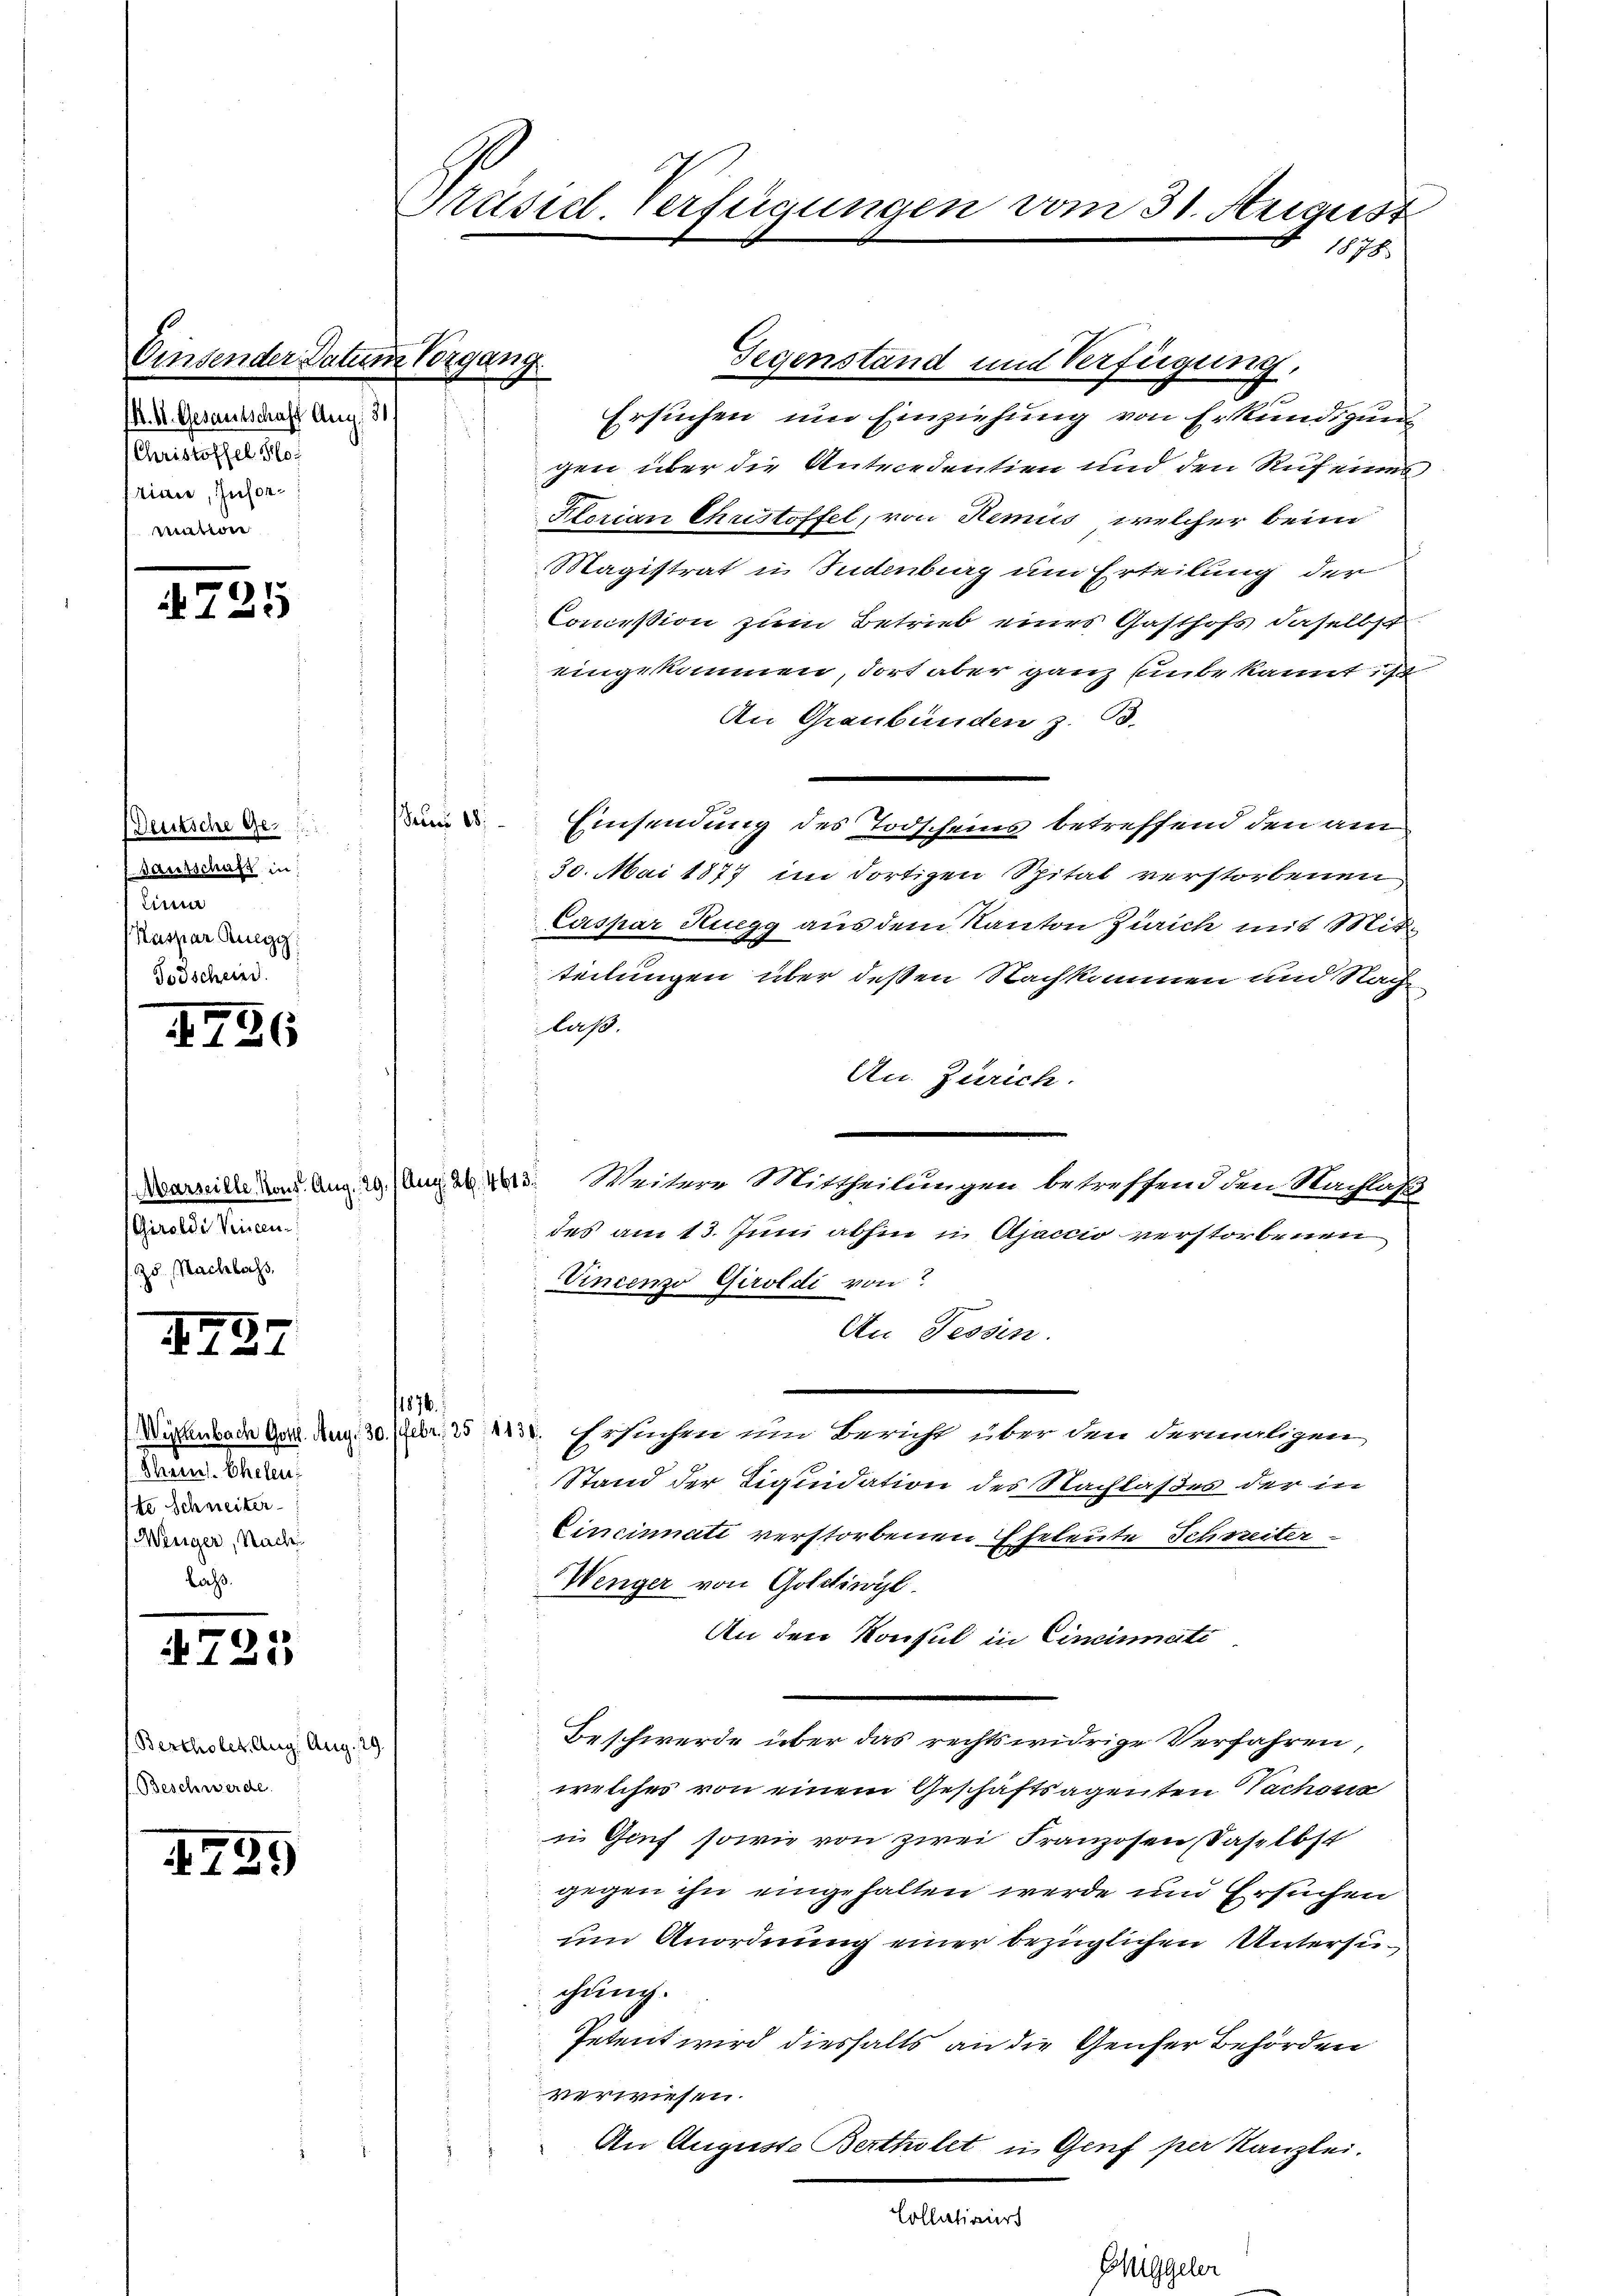
bindender Datum Vorgang.
(K. K. Gesantschaff Aug. 31.
(Christoffel Ho
tinie, Information

4725

Deutsche Ge¬
 Gautschaft in
Eine
Kaspar Ruegg,
Todschein.

726

Giroldi Vincen-
Zs. Nachlachs

I27

Paren. Eheleu
te Schweiter
Wenger, Nach
Lass.

)
2 f 0 x

(Bertholet. Aug. Aug. 19
Beschwerde.

1799

Präsid. Verfügungen vom 31. August
1878

Jetus 1881
j

Ersuchen und Einziehung von Erkundigung
gen über die Antecedentien und den Ruf eines,
Storian Christoffel, von Hemiis, welcher beim
Magistrat u. Indenburg um Erteilung der
Commißion zum Betrieb eines Gasthofs daselbst
eingekommen, dort aber ganz liebe kannt ist
An Graubünden z. B.
Einsendung des Todscheins betreffend den am
30. Mai 1877 im dortigen Spital verstorbenen
Caspar Huegg aus dem Kanton Zürich mit Mit
teilungen über deßen Nachkommen und Nach
laß.
An. Zürich.
Marseille kond. Aug. 29. (Anna. 403. Weitere Mittheilungen betreffend den Nachlass
des am 13. Juni abhin u Ajacio verstorbenen
Vincenzo Giroldi von
An Tessin.
1876.
Würenbach Gottl. Aug. 30. Febr. 25, 1138. Ersuchen um Bericht über den dermaligen
Stand der Liquidation des Nachlaßes der in
Cincinati verstorbenen Eheleute Schreiter
Wenger von Goldiwyl
i
An den Konsul in Cincinati
Beschwerde über das rechtswidrige Verfahren,
welches von einem Geschäftsagenten Sachsun
in Genf sowie von zwei Franzosen daselbst
gegen ihn eingehalten werde und Ersuchen
um Anordnung einer bezüglichen Untersuchung.
Petent wird diesfalls an die Genfer Behörden
verwiesen.
An Auguste Bertholet in Genf per Kanzlei.
Collativirt

Gegenstand und Verfügung.

Buggeler